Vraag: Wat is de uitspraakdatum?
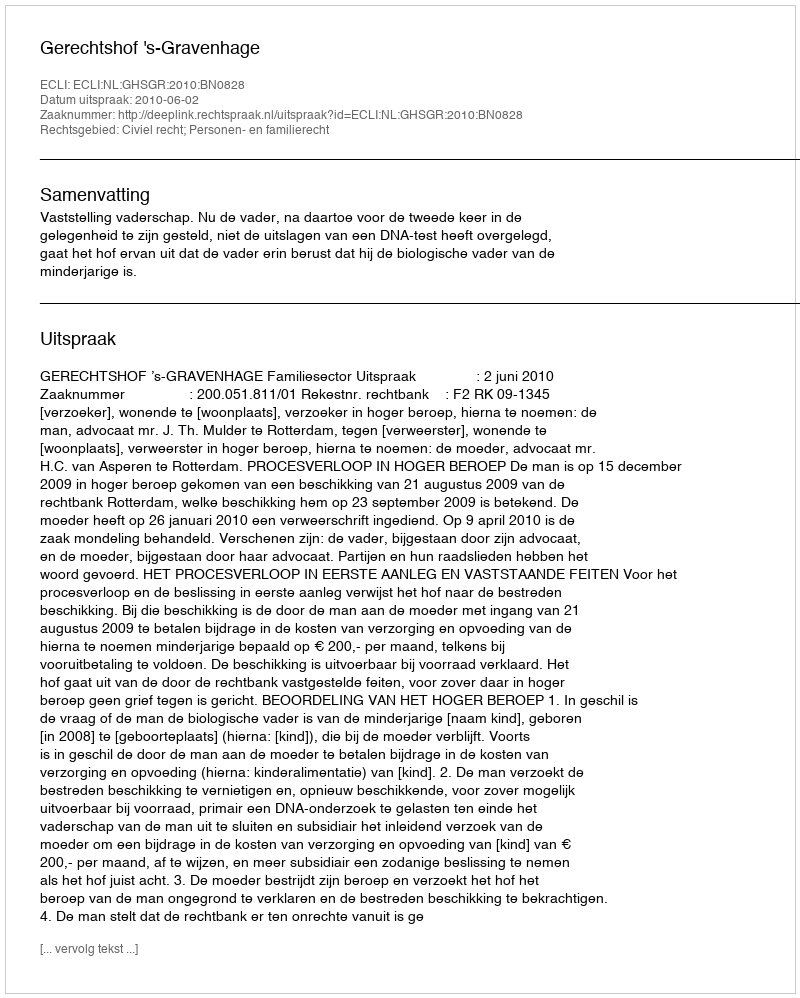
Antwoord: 2010-06-02